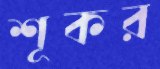
শূকর